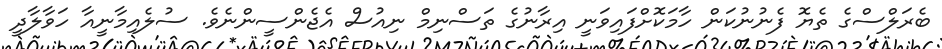
ބެރަލްސްގެ ތެޔޮ ފެނުނުކަން ހާމަކޮށްފައިވަނީ އިރާނުގެ ތަސްނިމް ނިއުސް އެޖެންސީންނެވެ. ސުލެއިމާނީއާ ހަވާލާދީ